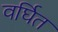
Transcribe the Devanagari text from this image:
वर्घित